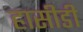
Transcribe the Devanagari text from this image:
हासीडी